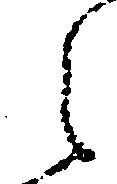
之